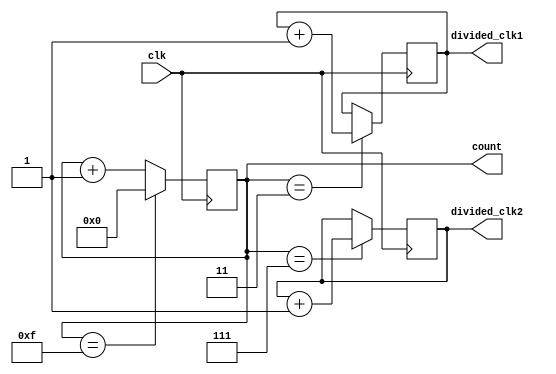
module ripple_counter_clock_divider(
    input clk,
    output reg [N-1:0] count,
    output reg [M-1:0] divided_clk1,
    output reg [P-1:0] divided_clk2
);

parameter N = 4; // Number of bits for counter
parameter M = 2; // Number of bits for divided_clk1
parameter P = 3; // Number of bits for divided_clk2

always @(posedge clk) begin
    if(count == (1 << N) - 1) begin
        count <= 0;
    end else begin
        count <= count + 1;
    end
end

always @(posedge clk) begin
    if(count == (1 << M) - 1) begin
        divided_clk1 <= divided_clk1 + 1;
    end
end

always @(posedge clk) begin
    if(count == (1 << P) - 1) begin
        divided_clk2 <= divided_clk2 + 1;
    end
end

endmodule